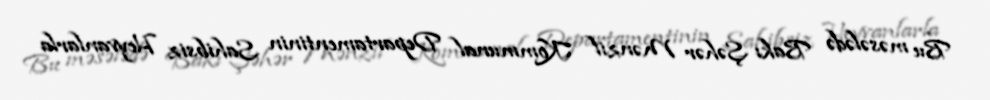
Bu məsələdə Bakı Şəhər Mənzil Kommunal Departamentinin Sahibsiz Heyvanlarla